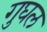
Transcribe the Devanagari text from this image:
गुघल